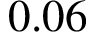
0 . 0 6